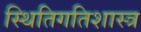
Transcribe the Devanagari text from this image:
स्थितिगतिशास्त्र